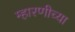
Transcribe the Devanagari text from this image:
म्हारणीच्या